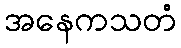
အနေကသတံ